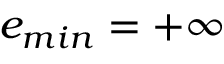
e _ { m i n } = + \infty